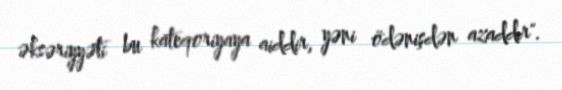
əksəriyyəti bu kateqoriyaya aiddir, yəni ödənişdən azaddır".